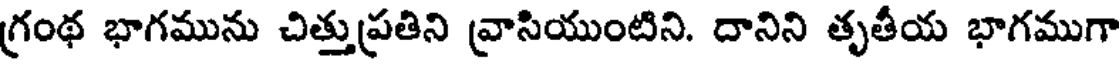
గ్రంథ భాగమును చిత్తుప్రతిని వ్రాసియుంటిని. దానిని తృతీయ భాగముగా